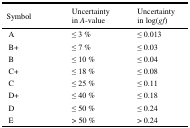
<table><thead><tr><td><b>Symbol</b></td><td><b>Uncertainty in <i>A</i>-value</b></td><td><b>Uncertainty in log(<i>gf</i>)</b></td></tr></thead><tbody><tr><td>A</td><td>≤ 3 %</td><td>≤ 0.013</td></tr><tr><td>B+</td><td>≤ 7 %</td><td>≤ 0.03</td></tr><tr><td>B</td><td>≤ 10 %</td><td>≤ 0.04</td></tr><tr><td>C+</td><td>≤ 18 %</td><td>≤ 0.08</td></tr><tr><td>C</td><td>≤ 25 %</td><td>≤ 0.11</td></tr><tr><td>D+</td><td>≤ 40 %</td><td>≤ 0.18</td></tr><tr><td>D</td><td>≤ 50 %</td><td>≤ 0.24</td></tr><tr><td>E</td><td>&gt; 50 %</td><td>&gt; 0.24</td></tr></tbody></table>